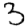
Digit: 3